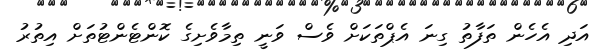
އަދި އެހެން ތަފާތު ގިނަ އެޕްތަކަށް ވެސް ވަނީ ތިމާވެށިގެ ކޮންޓެންޓުތަށް އިތުރު